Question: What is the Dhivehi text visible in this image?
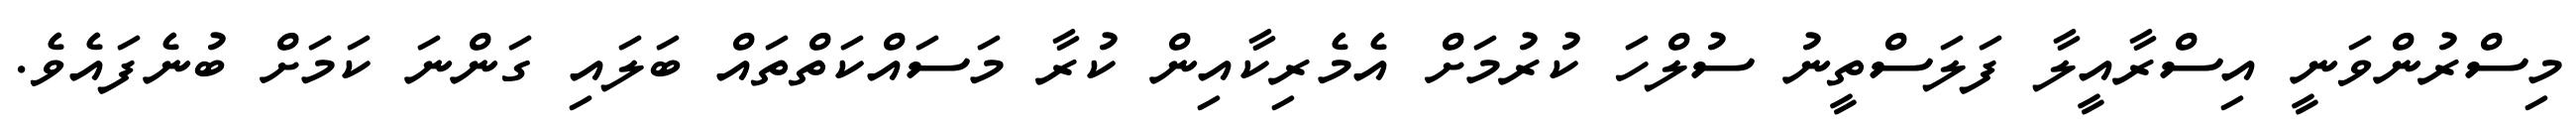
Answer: މިސްރުންވަނީ އިސްރާއީލާ ފަލަސްތީނު ސުލްހަ ކުރުމަށް އެމެރިކާއިން ކުރާ މަސައްކަތްތައް ބަލައި ގަންނަ ކަމަށް ބުނެފައެވެ.